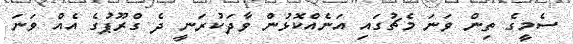
ސެމީގެ ތިން ވަނަ މެޗުގައި އަނެއްކޮޅުން ވާދަކުރަނީ ދެ ގްރޫޕުގެ އެއް ވަނަ